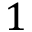
1